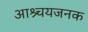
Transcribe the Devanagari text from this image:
आश्र्चयजनक